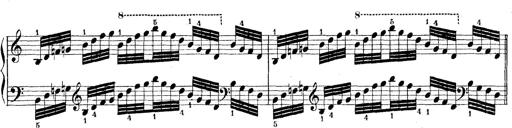
Title: Technische Studien
Composer: Franz Liszt